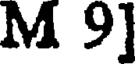
M 9]